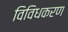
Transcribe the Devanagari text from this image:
विविधकरण